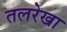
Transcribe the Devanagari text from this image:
तलरेखा